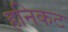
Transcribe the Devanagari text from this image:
हनिकट